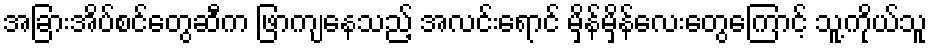
အခြားအိပ်စင်တွေဆီက ဖြာကျနေသည့် အလင်းရောင် မှိန်မှိန်လေးတွေကြောင့် သူ့ကိုယ်သူ